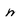
Character: m